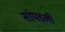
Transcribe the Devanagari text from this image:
सांपडली